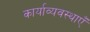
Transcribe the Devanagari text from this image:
कार्याव्यवस्थाएँ